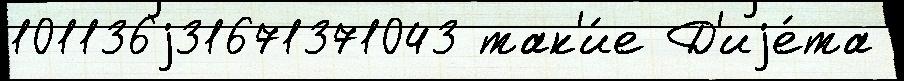
101136j31671371043 так'и́е Д'иjе́та